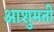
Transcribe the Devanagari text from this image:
आशुमती